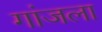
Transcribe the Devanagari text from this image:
गांजला